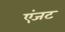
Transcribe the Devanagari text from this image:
एंजट